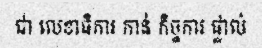
ជា លេខាធិការ កាន់ កិច្ចការ ផ្ទាល់